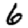
Digit: 6